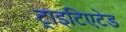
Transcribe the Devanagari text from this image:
ट्राइटिएटेड